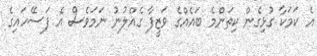
އެ ކަމަކާ ގުޅިގެން ކިތަންމެ ބައެއްގެ ވަޒީފާ ގެއްލުނު ނަމަވެސް އެ ފަސޭހައިގެ